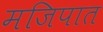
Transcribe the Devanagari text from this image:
मजिपात